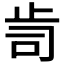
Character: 𭭟